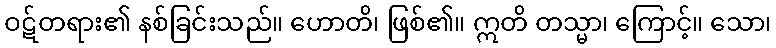
ဝဋ်တရား၏ နစ်ခြင်းသည်။ ဟောတိ၊ ဖြစ်၏။ ဣတိ တသ္မာ၊ ကြောင့်။ သော၊